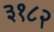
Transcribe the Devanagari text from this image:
३१८२